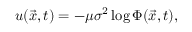
u ( \vec { x } , t ) = - \mu \sigma ^ { 2 } \log { \Phi ( \vec { x } , t ) } ,